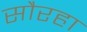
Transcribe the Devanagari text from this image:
सौरहा